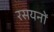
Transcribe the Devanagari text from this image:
रसयनों